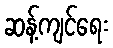
ဆန့်ကျင်ရေး